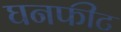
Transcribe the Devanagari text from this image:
घनफीट